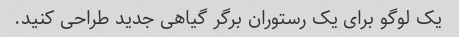
یک لوگو برای یک رستوران برگر گیاهی جدید طراحی کنید.